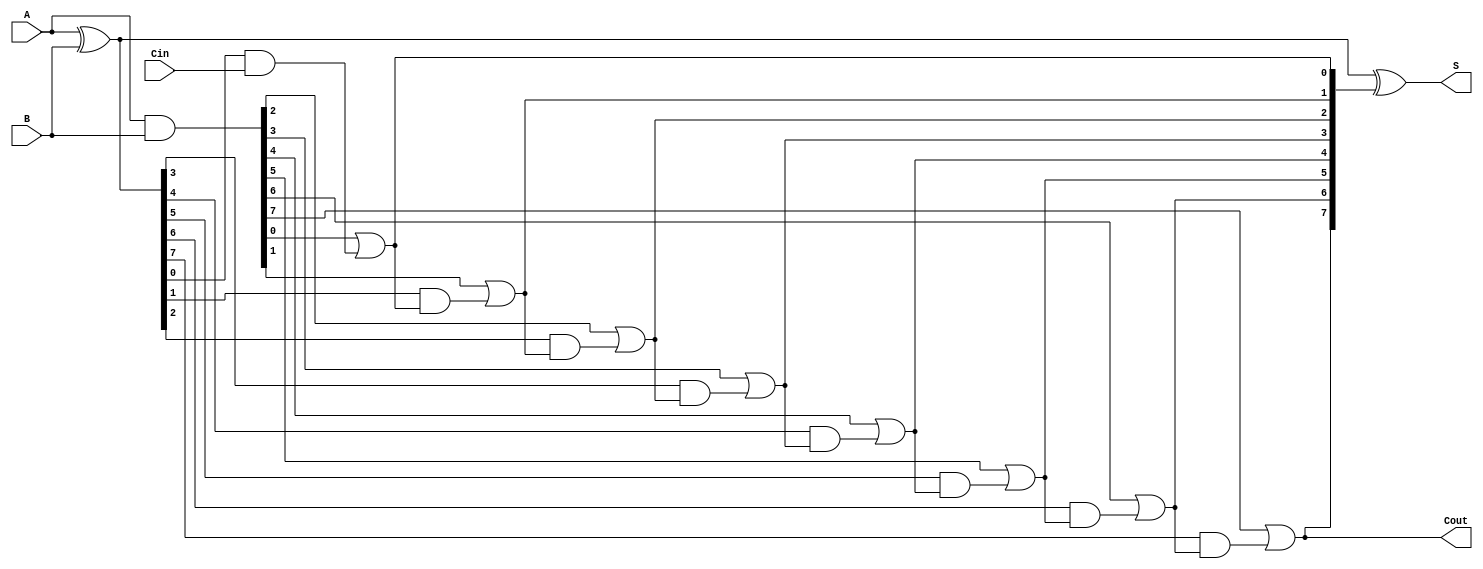
module Sklansky_Adder #(parameter WIDTH = 8) (
    input wire [WIDTH-1:0] A,  // Input A
    input wire [WIDTH-1:0] B,  // Input B
    input wire Cin,             // Carry-in
    output wire [WIDTH-1:0] S,  // Sum output
    output wire Cout            // Carry-out
);

    // Generate and Propagate signals
    wire [WIDTH-1:0] G; // Generate
    wire [WIDTH-1:0] P; // Propagate
    wire [WIDTH:0] C;   // Carry signals (C[0] is Cin)

    // Generate and Propagate calculations
    assign G = A & B;              // Generate
    assign P = A ^ B;              // Propagate
    assign C[0] = Cin;             // C[0] is the initial carry input

    // Carry calculations
    genvar i;
    generate
        for (i = 1; i <= WIDTH; i = i + 1) begin: carry_gen
            assign C[i] = G[i-1] | (P[i-1] & C[i-1]);
        end
    endgenerate

    // Sum calculations
    assign S = A ^ B ^ C[WIDTH:1]; // The sum bits

    // Carry-out signal
    assign Cout = C[WIDTH];

endmodule